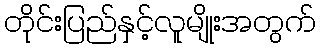
တိုင်းပြည်နှင့်လူမျိုးအတွက်